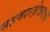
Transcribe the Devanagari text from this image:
सहकारक्षेत्रातला